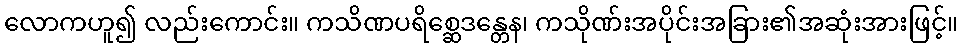
လောကဟူ၍ လည်းကောင်း။ ကသိဏပရိစ္ဆေဒန္တေန၊ ကသိုဏ်းအပိုင်းအခြား၏အဆုံးအားဖြင့်။